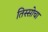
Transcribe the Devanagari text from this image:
तिस्सोचा